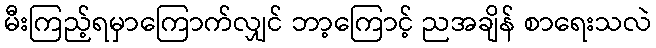
မီးကြည့်ရမှာကြောက်လျှင် ဘာ့ကြောင့် ညအချိန် စာရေးသလဲ